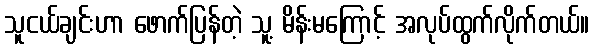
သူငယ်ချင်းဟာ ဖောက်ပြန်တဲ့ သူ့ မိန်းမကြောင့် အလုပ်ထွက်လိုက်တယ်။